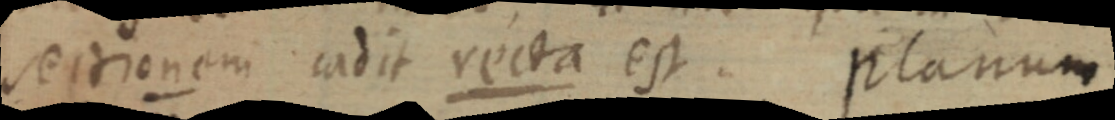
sectionem cadit recta est. planum